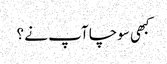
کبھی سوچا آپ نے ؟